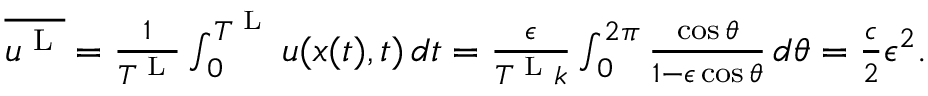
\begin{array} { r } { \overline { { u ^ { \textnormal { L } } } } = \frac { 1 } { T ^ { \textnormal { L } } } \int _ { 0 } ^ { T ^ { \textnormal { L } } } u ( x ( t ) , t ) \, d t = \frac { \epsilon } { T ^ { \textnormal { L } } k } \int _ { 0 } ^ { 2 \pi } \frac { \cos \theta } { 1 - \epsilon \cos \theta } \, d \theta = \frac { c } { 2 } \epsilon ^ { 2 } . } \end{array}